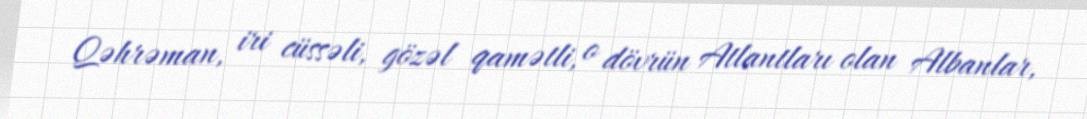
Qəhrəman, iri cüssəli, gözəl qamətli, o dövrün Atlantları olan Albanlar,